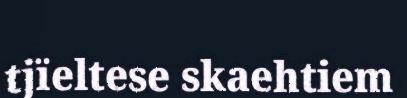
tjïeltese skaehtiem